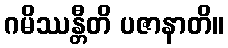
ဂမိဿန္တီတိ ပဇာနာတိ။